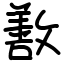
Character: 敾